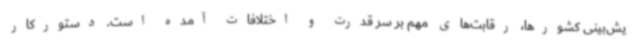
یش‌بینی کشورها، رقابت‌های مهم بر سر قدرت و اختلافات آمده است. دستورکار